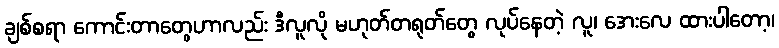
ချစ်စရာ ကောင်းတာတွေဟာလည်း ဒီလူလို မဟုတ်တရုတ်တွေ လုပ်နေတဲ့ လူ၊ အေးလေ ထားပါတော့၊